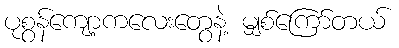
ပုစွန်ကျော့ကလေးတွေနဲ့ မျှစ်ကြော်တယ်